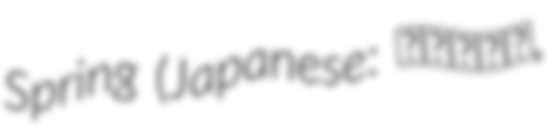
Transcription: Spring (Japanese: 春待つ僕ら,